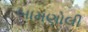
બામણોલી